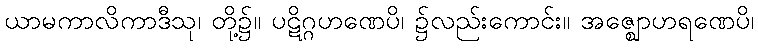
ယာမကာလိကာဒီသု၊ တို့၌။ ပဋိဂ္ဂဟဏေပိ၊ ၌လည်းကောင်း။ အဇ္ဈောဟရဏေပိ၊